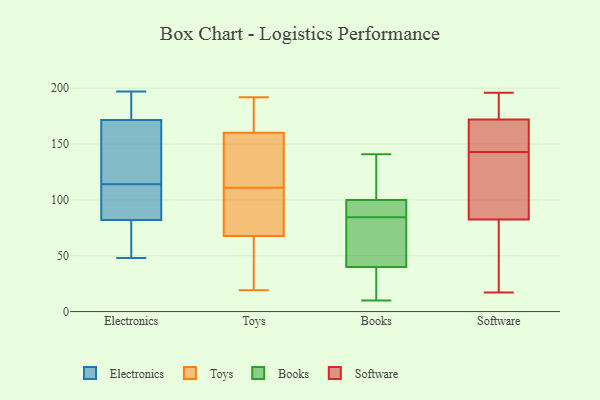
{"axis": {"x": "Conversion Rate (%)", "y": "Value"}, "legend": ["Books", "Electronics", "Software", "Toys"], "data": [{"x": "", "y": 172, "type": "Electronics"}, {"x": "", "y": 83, "type": "Electronics"}, {"x": "", "y": 197, "type": "Electronics"}, {"x": "", "y": 150, "type": "Electronics"}, {"x": "", "y": 51, "type": "Electronics"}, {"x": "", "y": 113, "type": "Electronics"}, {"x": "", "y": 128, "type": "Electronics"}, {"x": "", "y": 177, "type": "Electronics"}, {"x": "", "y": 105, "type": "Electronics"}, {"x": "", "y": 65, "type": "Electronics"}, {"x": "", "y": 81, "type": "Electronics"}, {"x": "", "y": 169, "type": "Electronics"}, {"x": "", "y": 72, "type": "Electronics"}, {"x": "", "y": 196, "type": "Electronics"}, {"x": "", "y": 115, "type": "Electronics"}, {"x": "", "y": 48, "type": "Electronics"}, {"x": "", "y": 91, "type": "Electronics"}, {"x": "", "y": 171, "type": "Electronics"}, {"x": "", "y": 101, "type": "Electronics"}, {"x": "", "y": 176, "type": "Electronics"}, {"x": "", "y": 48, "type": "Toys"}, {"x": "", "y": 127, "type": "Toys"}, {"x": "", "y": 64, "type": "Toys"}, {"x": "", "y": 79, "type": "Toys"}, {"x": "", "y": 94, "type": "Toys"}, {"x": "", "y": 42, "type": "Toys"}, {"x": "", "y": 49, "type": "Toys"}, {"x": "", "y": 184, "type": "Toys"}, {"x": "", "y": 101, "type": "Toys"}, {"x": "", "y": 192, "type": "Toys"}, {"x": "", "y": 104, "type": "Toys"}, {"x": "", "y": 177, "type": "Toys"}, {"x": "", "y": 140, "type": "Toys"}, {"x": "", "y": 112, "type": "Toys"}, {"x": "", "y": 19, "type": "Toys"}, {"x": "", "y": 111, "type": "Toys"}, {"x": "", "y": 183, "type": "Toys"}, {"x": "", "y": 167, "type": "Toys"}, {"x": "", "y": 112, "type": "Toys"}, {"x": "", "y": 100, "type": "Books"}, {"x": "", "y": 10, "type": "Books"}, {"x": "", "y": 141, "type": "Books"}, {"x": "", "y": 94, "type": "Books"}, {"x": "", "y": 109, "type": "Books"}, {"x": "", "y": 93, "type": "Books"}, {"x": "", "y": 62, "type": "Books"}, {"x": "", "y": 18, "type": "Books"}, {"x": "", "y": 76, "type": "Books"}, {"x": "", "y": 40, "type": "Books"}, {"x": "", "y": 25, "type": "Software"}, {"x": "", "y": 159, "type": "Software"}, {"x": "", "y": 194, "type": "Software"}, {"x": "", "y": 187, "type": "Software"}, {"x": "", "y": 21, "type": "Software"}, {"x": "", "y": 93, "type": "Software"}, {"x": "", "y": 159, "type": "Software"}, {"x": "", "y": 22, "type": "Software"}, {"x": "", "y": 17, "type": "Software"}, {"x": "", "y": 133, "type": "Software"}, {"x": "", "y": 143, "type": "Software"}, {"x": "", "y": 79, "type": "Software"}, {"x": "", "y": 103, "type": "Software"}, {"x": "", "y": 169, "type": "Software"}, {"x": "", "y": 145, "type": "Software"}, {"x": "", "y": 186, "type": "Software"}, {"x": "", "y": 173, "type": "Software"}, {"x": "", "y": 117, "type": "Software"}, {"x": "", "y": 196, "type": "Software"}]}